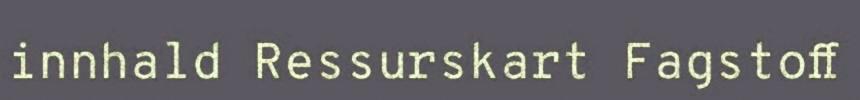
innhald Ressurskart Fagstoff